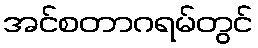
အင်စတာဂရမ်တွင်